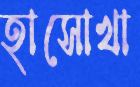
হাসোখা